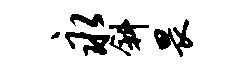
永斜畏